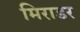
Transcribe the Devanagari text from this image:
मिराडर